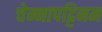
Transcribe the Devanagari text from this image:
चेन्नापट्टिनम